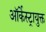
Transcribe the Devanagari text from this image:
ऑर्केस्ट्रायुक्त